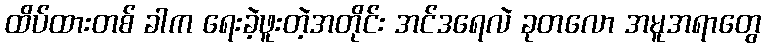
ထိပ်ထားတစ် ခါက ရေးခဲ့ဖူးတဲ့အတိုင်း အင်ဒရေလဲ ခုတလော အမူအရာတွေ